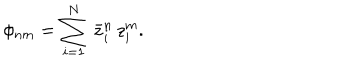
LaTeX: \phi _ { n m } = \sum _ { i = 1 } ^ { N } \, \bar { z } _ { i } ^ { n } \, z _ { i } ^ { m } .